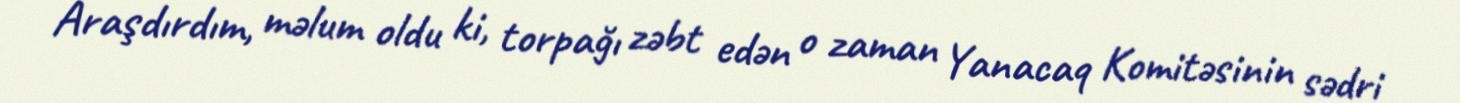
Araşdırdım, məlum oldu ki, torpağı zəbt edən o zaman Yanacaq Komitəsinin sədri